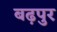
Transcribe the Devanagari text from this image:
बढ़पुर